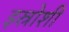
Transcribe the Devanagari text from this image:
इस्रोशी